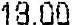
18.00